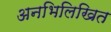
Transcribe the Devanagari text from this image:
अनभिलिखित